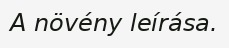
A növény leírása.